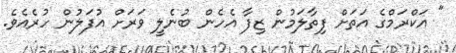
" އަކްރަމްގެ އަތަށް ފިތާލަމުން ޒިފާ އެހެން ބުނެލީ ވަރަށް އުފަލުން ހުރެއެވެ.